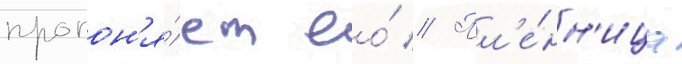
прогон'я́ет ео́ // Пл'е́нн'ица